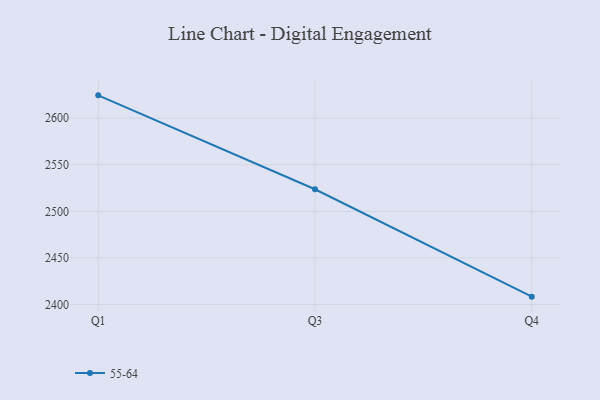
{"axis": {"x": "Quarter", "y": "Inventory Turnover"}, "legend": ["55-64"], "data": [{"x": "Q1", "y": 2624.4, "type": "55-64"}, {"x": "Q3", "y": 2523.7, "type": "55-64"}, {"x": "Q4", "y": 2408.5, "type": "55-64"}]}